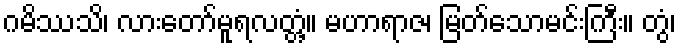
ဂမိဿသိ၊ လားတော်မူရလတ္တံ့။ မဟာရာဇ၊ မြတ်သောမင်းကြီး။ တွံ၊